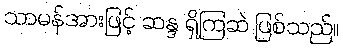
သာမန်အားဖြင့် ဆန္ဒ ရှိကြဆဲ ဖြစ်သည်။